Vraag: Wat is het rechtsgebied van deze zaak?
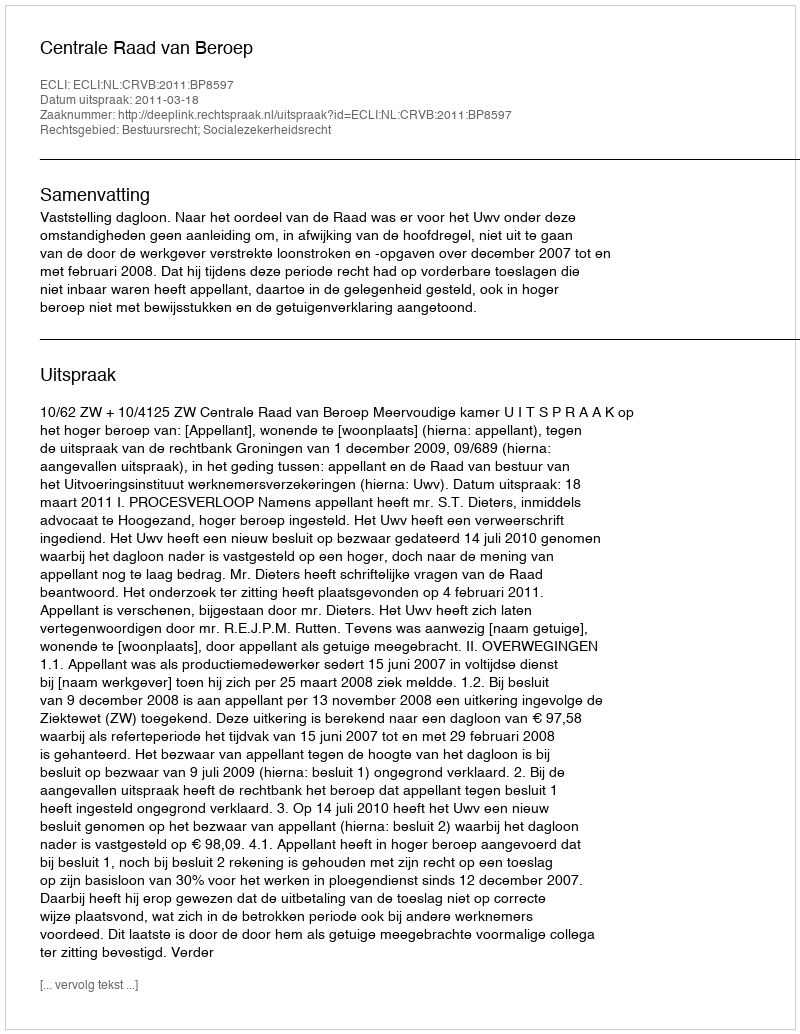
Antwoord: Bestuursrecht; Socialezekerheidsrecht